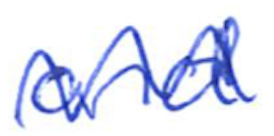
Text: and
Cross-out: wave
Writing tool: ballpoint